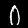
Label: 0